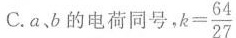
C.a，b的电荷同号， $$k= \frac{64}{27}$$